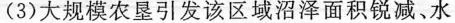
(3)大规模农垦引发该区域沼泽面积锐减、水